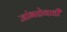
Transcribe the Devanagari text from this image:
जांभळेवाडी